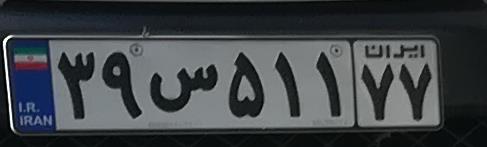
۳۹س۵۱۱۷۷